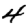
Digit: 4